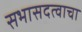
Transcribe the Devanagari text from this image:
सभासदत्वाचा